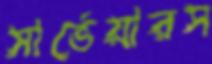
সার্ভেয়ারস